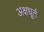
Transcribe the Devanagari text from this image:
अक्षधूर्त